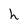
Character: h